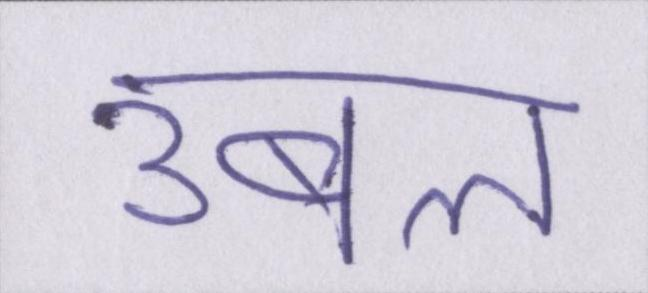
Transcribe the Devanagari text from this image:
उबल